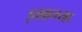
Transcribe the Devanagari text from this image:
इभ्राम्या